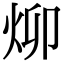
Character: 㶯